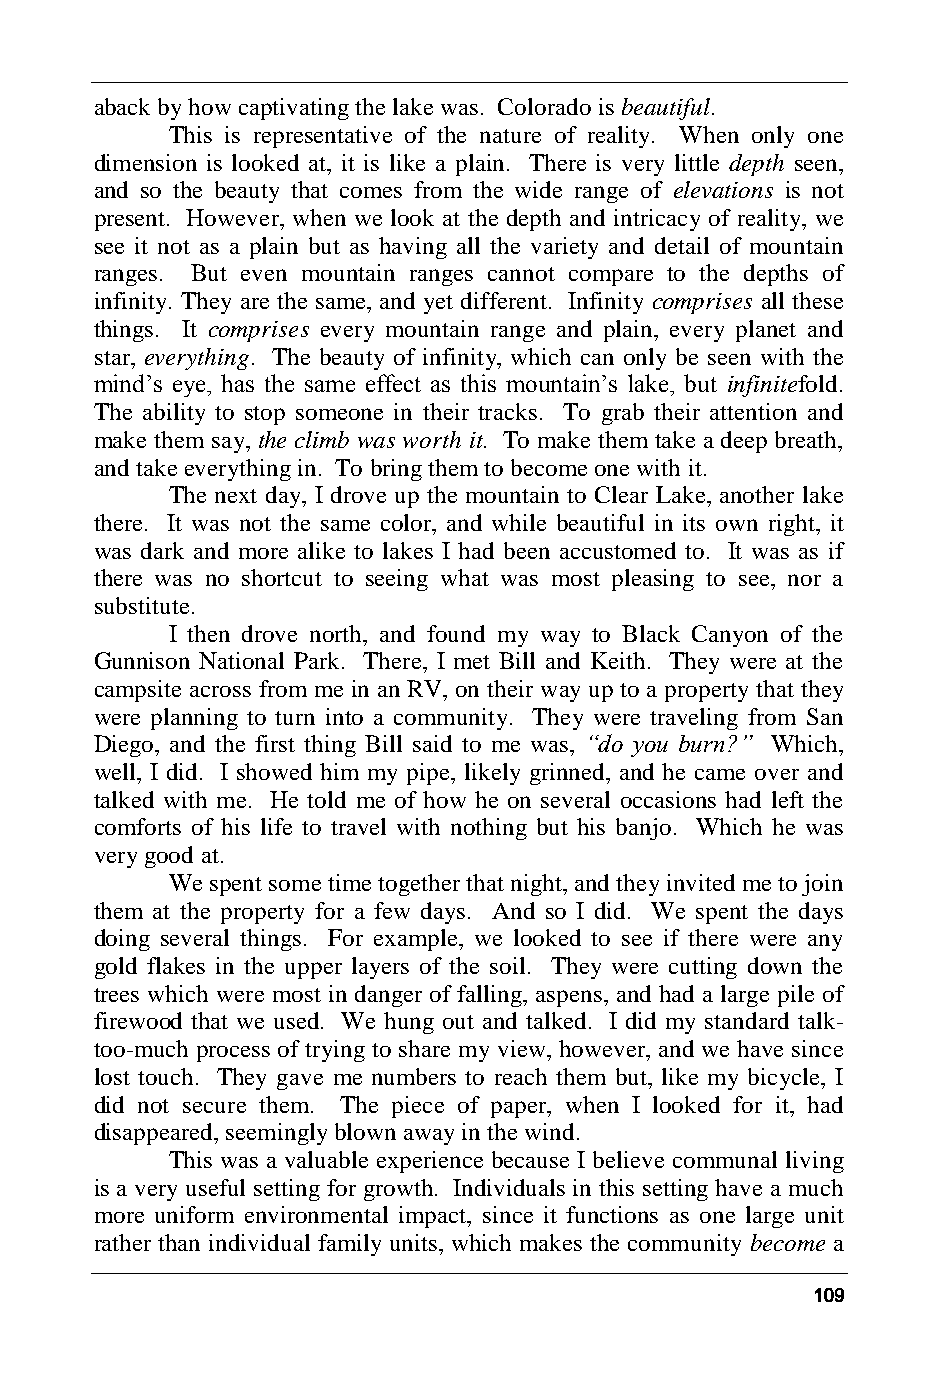
aback by how captivating the lake was. Colorado is beautiful.
 This is representative of the nature of reality. When only one
 dimension is looked at, it is like a plain. There is very little depth seen,
 and so the beauty that comes from the wide range of elevations is not
 present. However, when we look at the depth and intricacy of reality, we
 see it not as a plain but as having all the variety and detail of mountain
 ranges. But even mountain ranges cannot compare to the depths of
 infinity. They are the same, and yet different. Infinity comprises all these
 things. It comprises every mountain range and plain, every planet and
 star, everything. The beauty of infinity, which can only be seen with the
 mind’s eye, has the same effect as this mountain’s lake, but infinitefold.
 The ability to stop someone in their tracks. To grab their attention and
 make them say, the climb was worth it. To make them take a deep breath,
 and take everything in. To bring them to become one with it.
 The next day, I drove up the mountain to Clear Lake, another lake
 there. It was not the same color, and while beautiful in its own right, it
 was dark and more alike to lakes I had been accustomed to. It was as if
 there was no shortcut to seeing what was most pleasing to see, nor a
 substitute.
 I then drove north, and found my way to Black Canyon of the
 Gunnison National Park. There, I met Bill and Keith. They were at the
 campsite across from me in an RV, on their way up to a property that they
 were planning to turn into a community. They were traveling from San
 Diego, and the first thing Bill said to me was, “do you burn?” Which,
 well, I did. I showed him my pipe, likely grinned, and he came over and
 talked with me. He told me of how he on several occasions had left the
 comforts of his life to travel with nothing but his banjo. Which he was
 very good at.
 We spent some time together that night, and they invited me to join
 them at the property for a few days. And so I did. We spent the days
 doing several things. For example, we looked to see if there were any
 gold flakes in the upper layers of the soil. They were cutting down the
 trees which were most in danger of falling, aspens, and had a large pile of
 firewood that we used. We hung out and talked. I did my standard talk-
 too-much process of trying to share my view, however, and we have since
 lost touch. They gave me numbers to reach them but, like my bicycle, I
 did not secure them. The piece of paper, when I looked for it, had
 disappeared, seemingly blown away in the wind.
 This was a valuable experience because I believe communal living
 is a very useful setting for growth. Individuals in this setting have a much
 more uniform environmental impact, since it functions as one large unit
 rather than individual family units, which makes the community become a
 109